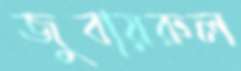
জুবায়রুল